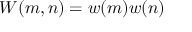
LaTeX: W ( m , n ) = w ( m ) w ( n )